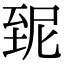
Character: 𦤽